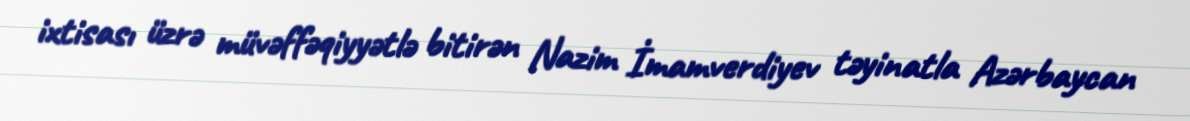
ixtisası üzrə müvəffəqiyyətlə bitirən Nazim İmamverdiyev təyinatla Azərbaycan